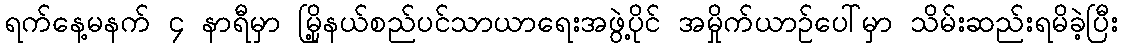
ရက်နေ့မနက် ၄ နာရီမှာ မြို့နယ်စည်ပင်သာယာရေးအဖွဲ့ပိုင် အမှိုက်ယာဉ်ပေါ်မှာ သိမ်းဆည်းရမိခဲ့ပြီး